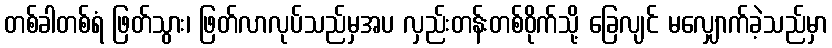
တစ်ခါတစ်ရံ ဖြတ်သွား၊ ဖြတ်လာလုပ်သည်မှအပ လှည်းတန်းတစ်ဝိုက်သို့ ခြေလျင် မလျှောက်ခဲ့သည်မှာ